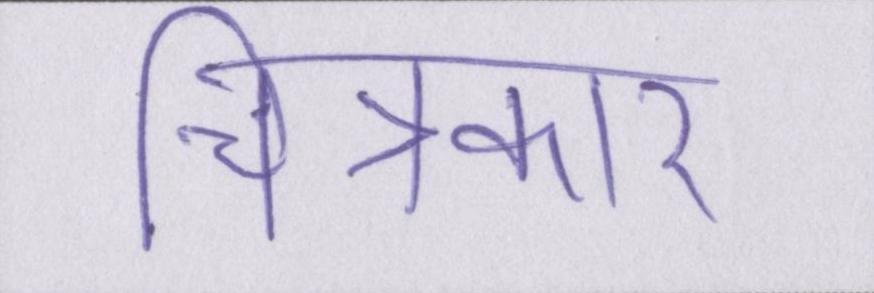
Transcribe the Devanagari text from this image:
चित्रकार